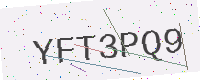
Text: YFT3PQ9